Annual report of the Punjab Veterinary College and of the Civil Veterinary Department, Punjab - 1909-1919
Year: 1909
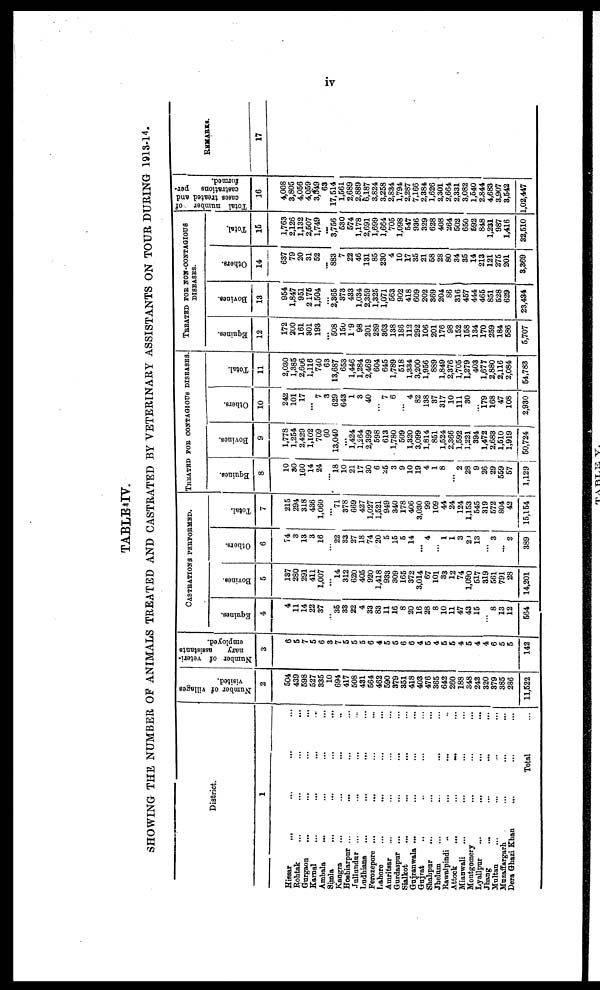
iv
TABLE IV.
SHOWING THE NUMBER OF ANIMALS TREATED AND CASTRATED BY VETERINARY ASSISTANTS ON TOUR DURING 1913-14.
District.
1
Hissar ... ... ... ...
Rohtak ... ... ... ...
Gurgaon
...
...
...
...
Karnal ... ... ... ...
Ambala ... ... ... ...
Simla
...
...
...
...
Kangra ... ... ... ...
Hoshiarpur ... ... ... ...
Jullundur ... ... ... ...
Ludhiana ... ... ... ...
Ferozepore ... ... ... ...
Lahore ... ... ... ...
Amritsar ... ... ... ...
Gurdaspur ... ... ... ...
Sialkot ... ... ... ...
Gujranwala ... ... ... ...
Gujrat ... ... ... ...
Shahpur ... ... ... ...
Jhelum
...
...
...
...
Rawalpindi ... ... ... ...
Attock
...
...
...
...
Mianwali ... ... ... ...
Montgomery ... ... ...
Lyallpur ... ... ... ...
Jhang ... ... ... ...
Multan ... ... ... ...
Muzaffargarh ... ... ...
Dera Ghazi Khan ... ... ...
Total ...
Number of villages
visited.
2
504
439
598
527
335
10
694
417
508
431
564
462
590
379
351
418
403
476
365
642
260
188
348
243
320
379
385
286
11,522
Number of veteri-
nary
assistants
employed.
3
6
5
7
5
6
3
7
5
5
5
6
4
5
5
6
6
4
5
4
5
5
4
5
4
4
6
5
5
142
CASTRATIONS PERFORMED.
Equines.
4
4
11
14
22
37
..
35
33
22
4
33
83
11
16
8
20
16
28
8
10
11
47
43
15
...
8
13
12
564
Bovines.
5
137
280
291
411
1,007
...
14
312
620
405
920
1,418
933
309
165
372
3,014
67
101
33
12
74
1,090
517
319
561
791
28
14,201
Others.
6
74
3
13
3
16
...
22
33
27
18
74
20
5
15
5
14
...
4
...
1
1
3
29
13
...
3
...
2
389
Total.
7
215
294
318
436
1,060
...
71
378
669
427
1,027
1,521
949
340
178
406
3,030
99
109
44
24
124
1,153
545
319
572
804
42
15,154
TREATED FOR CONTAGIOUS DISEASES
Equines.
8
10
30
160
14
24
...
18
10
21
17
30
6
25
3
9
10
19
4
1
8
... 2
28
9
26
29
559
57
1,129
Bovines.
9
1,778
1,254
2,429
1,102
709
60
13,040
...
1,424
1,264
2,399
598
613
1,780
509
1,320
3,099
1,814
851
1,524
2,366
1,592
1,221
394
1,472
2,683
1,510
1,919
50,724
Others.
10
242
101
17
...
7
3
629
643
1
3
40
...
7
6
...
4
82
138
37
317
10
111
30
...
179
168
47
108
2,930
Total.
11
2,030
1,385
2,606
1,116
740
63
13,687
653
1,446
1,284
2,469
604
645
1,789
518
1,334
3,200
1,956
889
1,849
2,376
1,705
1,279
403
1,677
2,880
2,116
2,084
54,783
TREATED FOR NON-CONTAGIOUS
DISEASES.
Equines.
12
172
200
161
301
193
...
508
150
1 9
98
201
289
363
138
186
112
292
106
201
176
98
152
158
134
170
259
184
586
5,707
Bovines.
13
954
1,847
951
2175
1,504
...
2,365
373
433
1,034
2,359
1,325
1,071
563
902
418
609
202
369
204
S6
316
457
444
465
851
528
629
23,434
Others.
14
637
79
20
31
52
...
883
7
22
46
131
85
230
4
10
17
35
21
58
28
80
34
35
14
213
121
275
201
3,369
Total.
15
1,763
2,126
1,132
2,507
1,749
...
3,756
530
574
1,178
2,691
1,699
1,664
705
1,098
547
936
329
628
408
264
502
650
592
848
1,231
987
1,416
32,510
Total number of
cases treated and
castrations per¬
formed.
16
4,008
3,805
4,056
4,059
3,549
63
17,514
1,561
2,689
2,889
6,187
3,824
3,258
2,834
1,794
2,287
7,166
2,384
1,626
2,301
2,664
2,331
3,082
1,540
2,844
4,683
3,907
3,542
1,02,447
REMARKS.
17